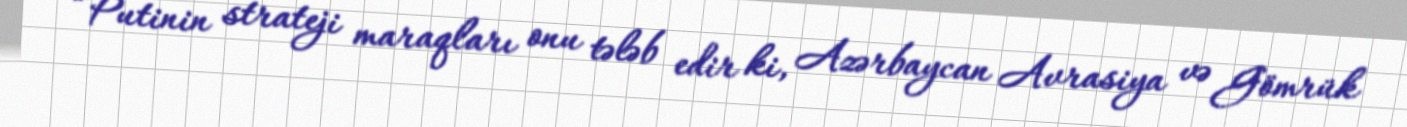
“Putinin strateji maraqları onu tələb edir ki, Azərbaycan Avrasiya və Gömrük